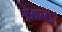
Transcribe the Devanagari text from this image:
ओबान्डा